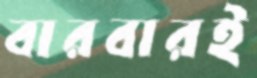
বারবারই